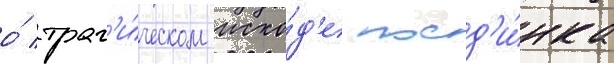
о́ траг'и́ческом исхо́д'е поед'и́нка